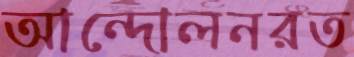
আন্দোলনরত